Civil Veterinary Dept. Bombay admin report 1900-1906 - 1900-1906
Year: 1900
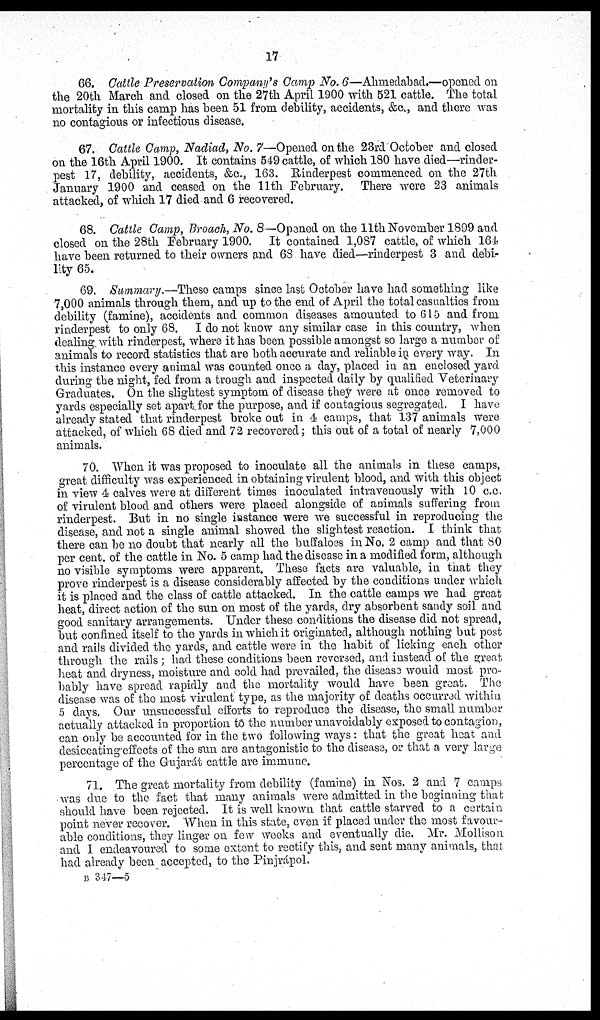
17
66. Cattle Preservation Company's Camp No. 6—Ahmedabad.—opened on
the 20th March and closed on the 27th April 1900 with 521 cattle. The total
mortality in this camp has been 51 from debility, accidents, &c., and there was
no contagious or infections disease.
67. Cattle Camp, Nadiad, No. 7—Opened on the 23rd October and closed
on the 16th April 1900. It contains 549 cattle, of which 180 have died—rinder-
pest 17, debility, accidents, &c., 163. Rinderpest commenced on the 27th
January 1900 and ceased on the 11th February. There were 23 animals
attacked, of which 17 died and 6 recovered.
68. Cattle Camp, Broach, No. 8—Opened on the 11th November 1899 and
closed on the 28th February 1900. It contained 1,087 cattle, of which 164
have been returned to their owners and 63 have died—rinderpest 3 and debi-
lity 65.
69. Summary.—These camps since last October have had something like
7,000 animals through them, and up to the end of April the total casualties from
debility (famine), accidents and common diseases amounted to 615 and from
rinderpest to only 68. I do not know any similar case in this country, when
dealing with rinderpest, where it has been possible amongst so large a number of
animals to record statistics that are both accurate and reliable in every way. In
this instance every animal was counted once a day, placed in an enclosed yard
during the night, fed from a trough and inspected daily by qualified Veterinary
Graduates. On the slightest symptom of disease they were at once removed to
yards especially set apart for the purpose, and if contagious segregated. I have
already stated that rinderpest broke out in 4 camps, that 137 animals were
attacked, of which 68 died and 72 recovered; this out of a total of nearly 7,000
animals.
70. When it was proposed to inoculate all the animals in these camps,
great difficulty was experienced in obtaining virulent blood, and with this object
in view 4 calves were at different times inoculated intravenously with 10 c.c.
of virulent blood and others were placed alongside of animals suffering from
rinderpest. But in no single instance were we successful in reproducing the
disease, and not a single animal showed the slightest reaction. I think that
there can be no doubt that nearly all the buffaloes in No. 2 camp and that 80
per cent. of the cattle in No. 5 camp had the disease in a modified form, although
no visible symptoms were apparent. These facts are valuable, in that they
prove rinderpest is a disease considerably affected by the conditions under which
it is placed and the class of cattle attacked. In the cattle camps we had great
heat, direct action of the sun on most of the yards, dry absorbent sandy soil and
good sanitary arrangements. Under these conditions the disease did not spread,
but confined itself to the yards in which it originated, although nothing but post
and rails divided the yards, and cattle were in the habit of licking each other
through the rails; had these conditions been reversed, and instead of the great
heat and dryness, moisture and cold had prevailed, the disease would most pro-
bably have spread rapidly and the mortality would have been great. The
disease was of the most virulent type, as the majority of deaths occurred within
5 days. Our unsuccessful efforts to reproduce the disease, the small number
actually attacked in proportion to the number unavoidably exposed to contagion,
can only be accounted for in the two following ways: that the great heat and
desiccating-effects of the sun are antagonistic to the disease, or that a very large
percentage of the Gujarát cattle are immune.
71. The great mortality from debility (famine) in Nos. 2 and 7 camps
was due to the fact that many animals were admitted in the beginning that
should have been rejected. It is well known that cattle starved to a certain
point never recover. When in this state, even if placed under the most favour-
able conditions, they linger on few weeks and eventually die. Mr. Mollison
and I endeavoured to some extent to rectify this, and sent many animals, that
had already been accepted, to the Pinjrápol.
B 347—5